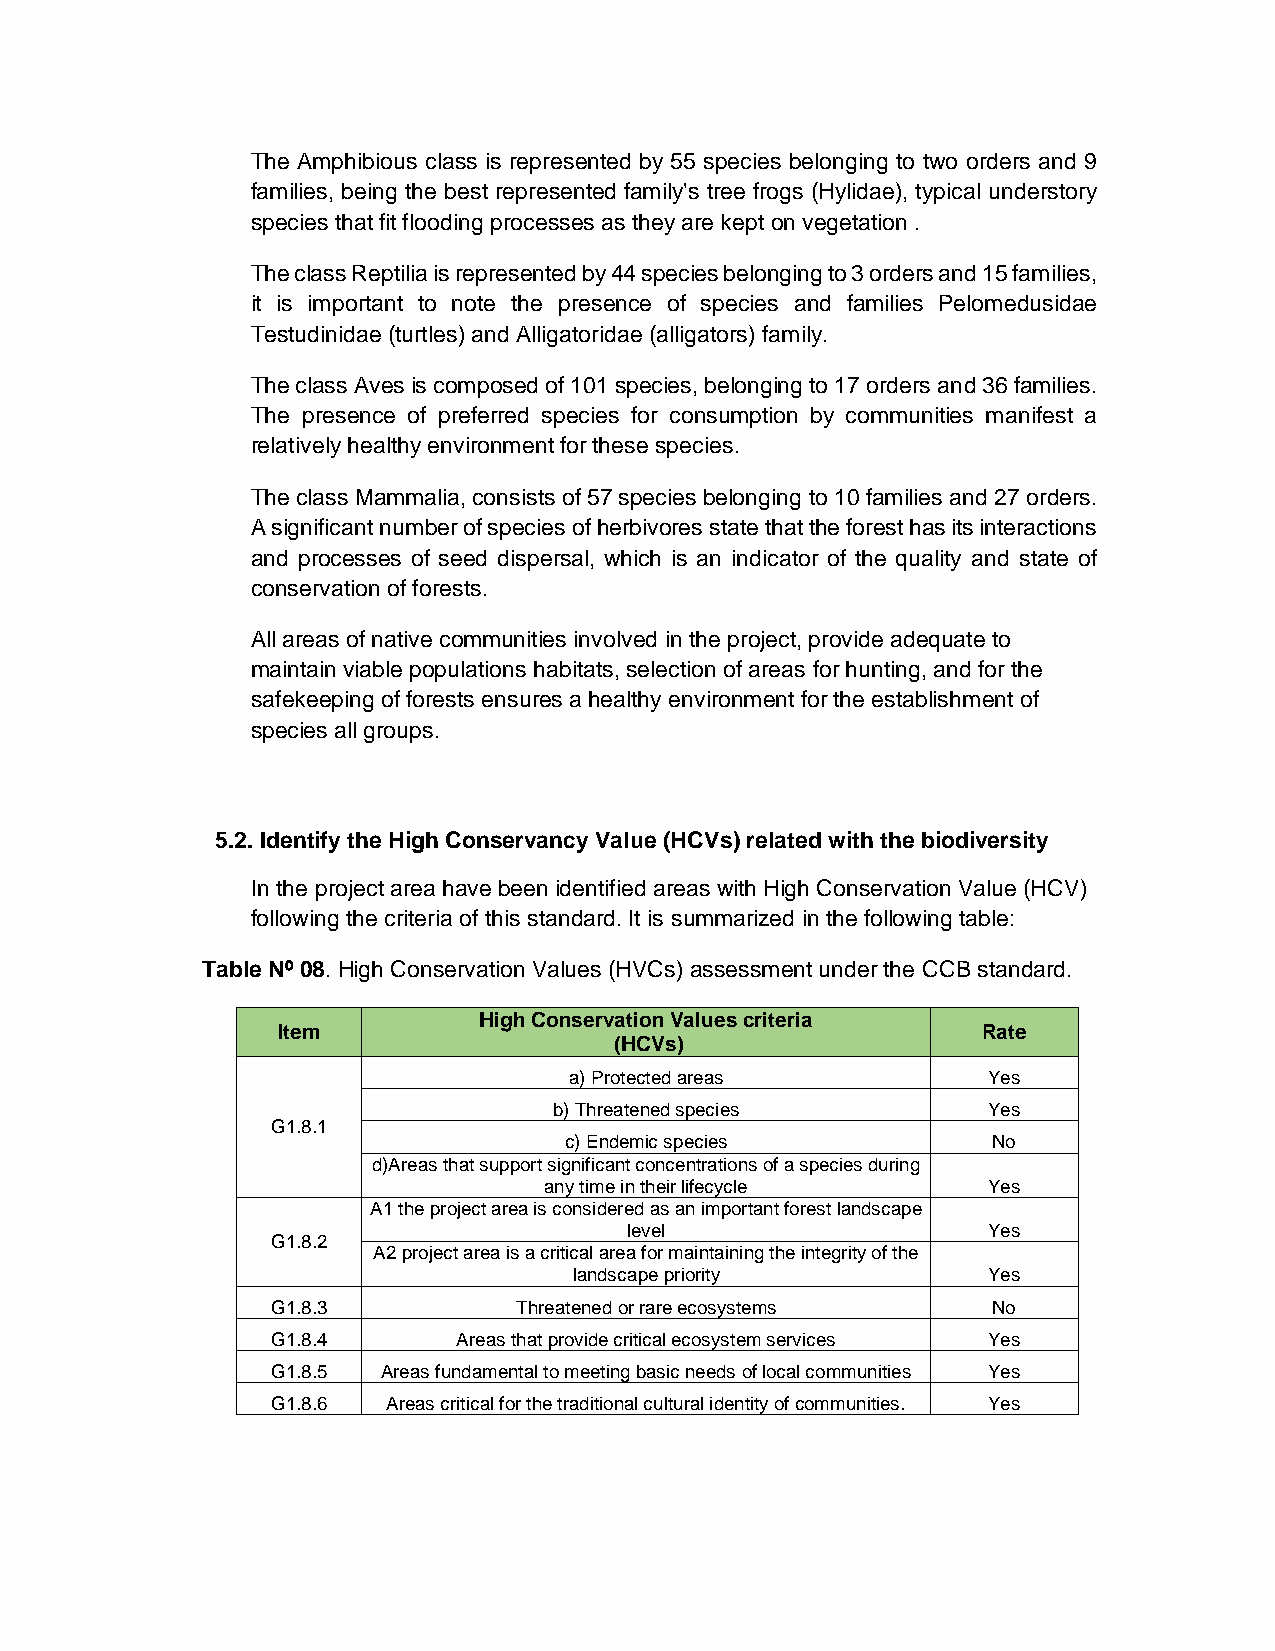
The Amphibious class is represented by 55 species belonging to two orders and 9
 families, being the best represented family's tree frogs (Hylidae), typical understory
 species that fit flooding processes as they are kept on vegetation .
 The class Reptilia is represented by 44 species belonging to 3 orders and 15 families,
 it is important to note the presence of species and families Pelomedusidae
 Testudinidae (turtles) and Alligatoridae (alligators) family.
 The class Aves is composed of 101 species, belonging to 17 orders and 36 families.
 The presence of preferred species for consumption by communities manifest a
 relatively healthy environment for these species.
 The class Mammalia, consists of 57 species belonging to 10 families and 27 orders.
 A significant number of species of herbivores state that the forest has its interactions
 and processes of seed dispersal, which is an indicator of the quality and state of
 conservation of forests.
 All areas of native communities involved in the project, provide adequate to
 maintain viable populations habitats, selection of areas for hunting, and for the
 safekeeping of forests ensures a healthy environment for the establishment of
 species all groups.
 5.2. Identify the High Conservancy Value (HCVs) related with the biodiversity
 In the project area have been identified areas with High Conservation Value (HCV)
 following the criteria of this standard. It is summarized in the following table:
 Table Nº 08. High Conservation Values (HVCs) assessment under the CCB standard.
 High Conservation Values criteria
 Item                                           Rate
 (HCVs)
 a) Protected areas         Yes
 b) Threatened species       Yes
 G1.8.1
 c) Endemic species           No
 d)Areas that support significant concentrations of a species during
 any time in their lifecycle  Yes
 A1 the project area is considered as an important forest landscape
 level                  Yes
 G1.8.2
 A2 project area is a critical area for maintaining the integrity of the
 landscape priority         Yes
 G1.8.3          Threatened or rare ecosystems   No
 G1.8.4      Areas that provide critical ecosystem services Yes
 G1.8.5 Areas fundamental to meeting basic needs of local communities Yes
 G1.8.6  Areas critical for the traditional cultural identity of communities. Yes